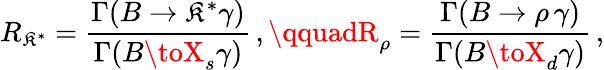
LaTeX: R_{\mathfrak{K}^{*}}={\frac{{\Gamma(B\to\mathfrak{K}^{*}\gamma)}}{{\Gamma(B\toX_{s}\gamma)}}}\, ,\qquadR_{\rho}={\frac{{\Gamma(B\to\rho\, \gamma)}}{{\Gamma(B\toX_{d}\gamma)}}}\, ,